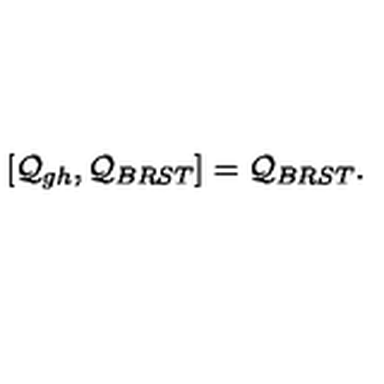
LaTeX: [ { \cal Q } _ { g h } , { \cal Q } _ { B R S T } ] = { \cal Q } _ { B R S T } .